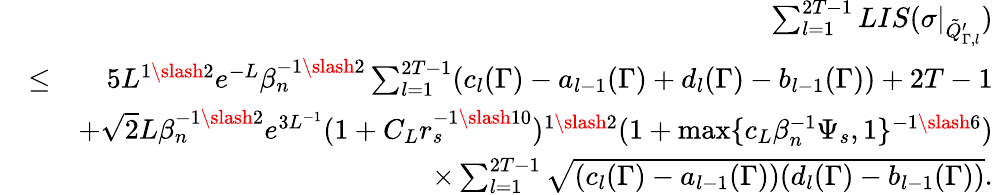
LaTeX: \begin{array}{rlr}&{}&{\sum_{l=1}^{2T-1}LIS(\sigma|_{\tilde{Q}_{\Gamma,l}^{\prime}})}\\ &{\leq}&{5L^{1\slash 2}e^{-L}\beta_{n}^{-1\slash 2}\sum_{l=1}^{2T-1}(c_{l}(\Gamma)-a_{l-1}(\Gamma)+d_{l}(\Gamma)-b_{l-1}(\Gamma))+2T-1}\\ &{}&{+\sqrt{2}L\beta_{n}^{-1\slash 2}e^{3L^{-1}}(1+C_{L}r_{s}^{-1\slash 10})^{1\slash 2}(1+\operatorname*{max}\{ c_{L}\beta_{n}^{-1}\Psi_{s},1\} ^{-1\slash 6})}\\ &{}&{\quad\times\sum_{l=1}^{2T-1}\sqrt{(c_{l}(\Gamma)-a_{l-1}(\Gamma))(d_{l}(\Gamma)-b_{l-1}(\Gamma))}.}\end{array}